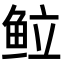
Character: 䲞